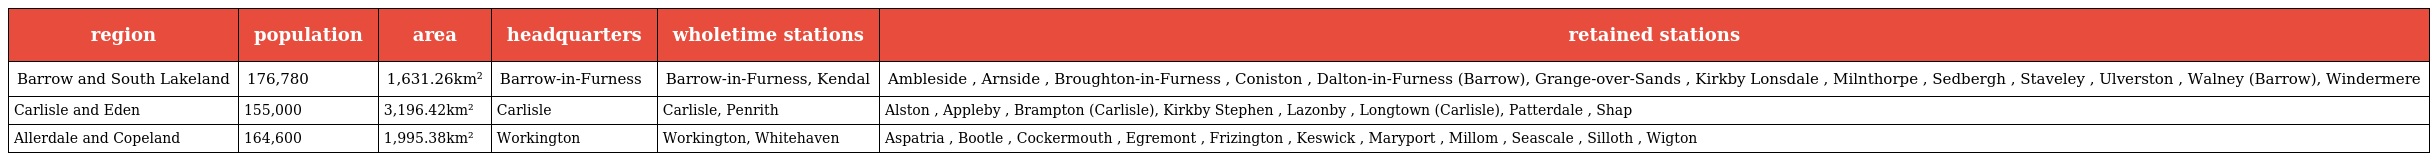
| region | population | area | headquarters | wholetime stations | retained stations |
 | --- | --- | --- | --- | --- | --- |
 | Barrow and South Lakeland | 176,780 | 1,631.26km² | Barrow-in-Furness | Barrow-in-Furness, Kendal | Ambleside , Arnside , Broughton-in-Furness , Coniston , Dalton-in-Furness (Barrow), Grange-over-Sands , Kirkby Lonsdale , Milnthorpe , Sedbergh , Staveley , Ulverston , Walney (Barrow), Windermere |
 | Carlisle and Eden | 155,000 | 3,196.42km² | Carlisle | Carlisle, Penrith | Alston , Appleby , Brampton (Carlisle), Kirkby Stephen , Lazonby , Longtown (Carlisle), Patterdale , Shap |
 | Allerdale and Copeland | 164,600 | 1,995.38km² | Workington | Workington, Whitehaven | Aspatria , Bootle , Cockermouth , Egremont , Frizington , Keswick , Maryport , Millom , Seascale , Silloth , Wigton |